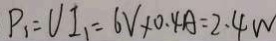
P _ { 1 } = V I _ { 1 } = 6 V \times 0 . 4 A = 2 . 4 w